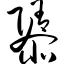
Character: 隳